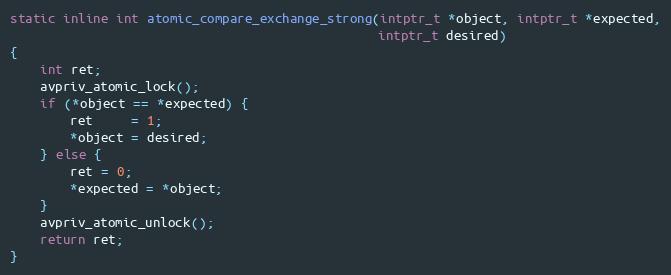
Language: C
static inline int atomic_compare_exchange_strong(intptr_t *object, intptr_t *expected,
                                                 intptr_t desired)
{
    int ret;
    avpriv_atomic_lock();
    if (*object == *expected) {
        ret     = 1;
        *object = desired;
    } else {
        ret = 0;
        *expected = *object;
    }
    avpriv_atomic_unlock();
    return ret;
}